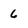
Character: 6